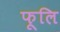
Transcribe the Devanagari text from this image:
फूलि